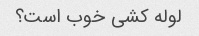
لوله کشی خوب است؟